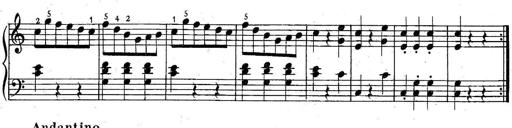
Title: 6 Easy Sonatinas
Composer: Carl Czerny